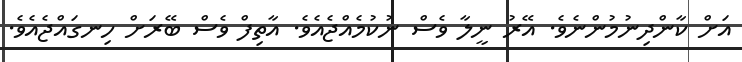
އަށް ކާންދިނުމުންނެވެ. އޭރު ނީލާ ވެސް ނުކުމެއްޖެއެވެ. އާތިފް ވެސް ބޭރަށް ހިނގައްޖެއެވެ.